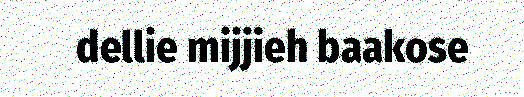
dellie mijjieh baakose